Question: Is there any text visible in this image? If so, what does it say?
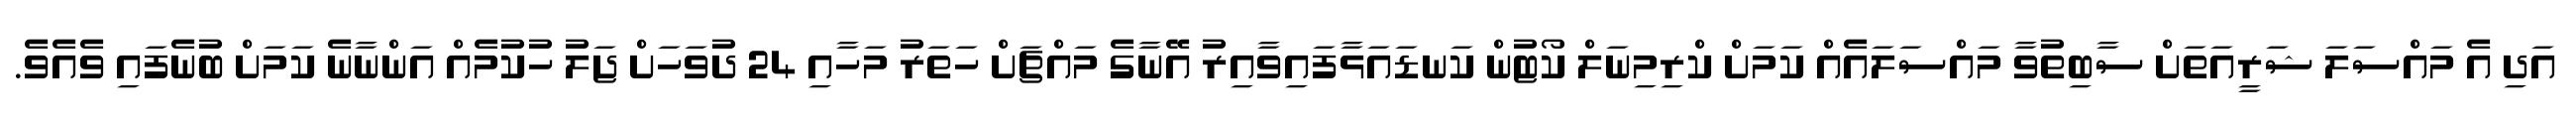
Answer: އަދި އެ މައްސަލަ ޝަރީއަތަށް ސާބިތުވާ މައްސަލައެއް ކަމަށް ކްރިމިނަލް ކޯޓުން ކަނޑައަޅާފައިވާއިރު އޭނާގެ މައްޗަށް ހަތަރު މަހާއި 24 ދުވަހަށް ޖަލު ހުކުމެއް އަންނާނެ ކަމަށް ބުނެފައި ވެއެވެ.